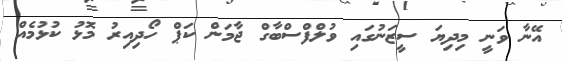
އޭނާ ވަނީ މިދިޔަ ސީޒަނުގައި ވުލްފްސްބާގް ޖާމަން ކަޕް ހޯދިއިރު މޮޅު ކުޅުމެއް